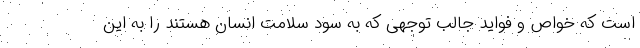
است که خواص و فواید جالب توجهی که به سود سلامت انسان هستند را به این